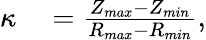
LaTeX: \begin{array}{rl}{\kappa}&{{}=\frac{Z_{max}-Z_{min}}{R_{max}-R_{min}},}\end{array}